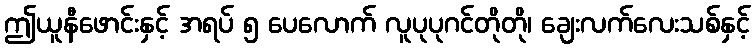
ဤယူနီဖောင်းနှင့် အရပ် ၅ ပေလောက် လူပုပုဂင်တိုတို၊ ချေးလက်လေးသစ်နှင့်